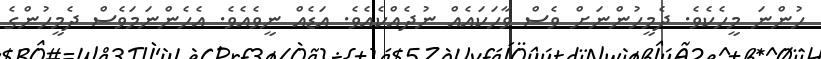
ހުންނަ މީހެކެވެ. ދެމީހުންނަށް ވެސް ވާހަކައެއް ނުދެއްކެއެވެ. އަޑެއް ނީވެއެވެ. އެހެންނަމަވެސް ދެމީހުންގެ